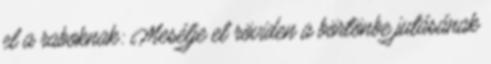
el a raboknak: Mesélje el röviden a börtönbe jutásának